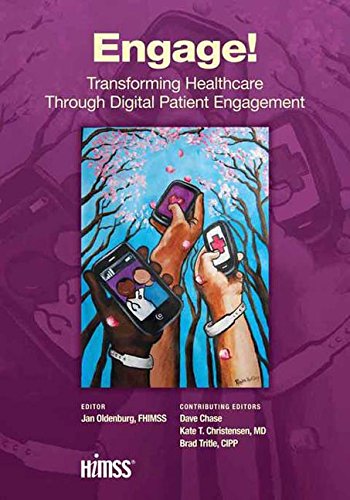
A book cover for Engage!: Transforming Healthcare Through Digital Patient Engagement; Medical Books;